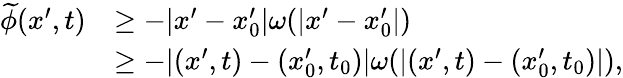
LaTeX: \begin{array}{rl}{\widetilde{\phi}(x^{\prime},t)}&{\ge-|x^{\prime}-x_{0}^{\prime}|\omega(|x^{\prime}-x_{0}^{\prime}|)}\\ &{\ge-|(x^{\prime},t)-(x_{0}^{\prime},t_{0})|\omega(|(x^{\prime},t)-(x_{0}^{\prime},t_{0})|),}\end{array}